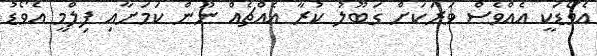
އެވޯޑަކީ އެއްވެސް ވަރަކަށް ގަބޫލު ކުރާ އެއްޗެއް ނޫން ކަމަށާއި ފިލްމީ އެވޯޑު